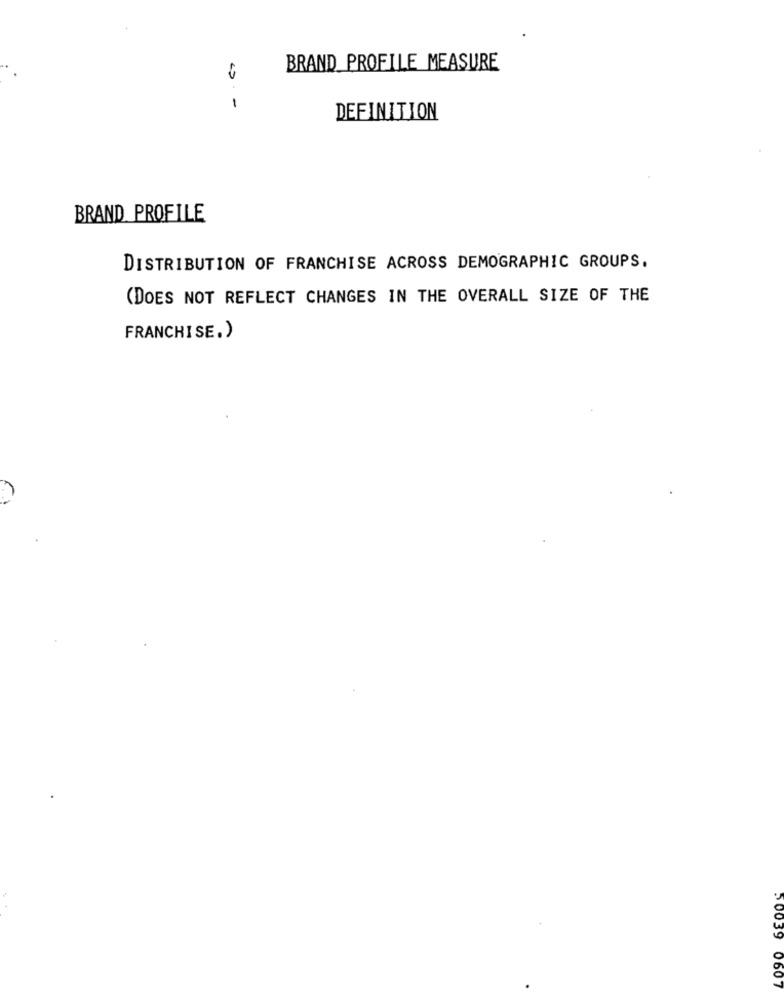
BRAND PROFILE MEASURE
-
DEFINITION
BRAND PROFILE
DISTRIBUTION OF FRANCHISE ACROSS DEMOGRAPHIC GROUPS.
(DOES NOT REFLECT CHANGES IN THE OVERALL SIZE OF THE
FRANCHISE.)
20039 0607